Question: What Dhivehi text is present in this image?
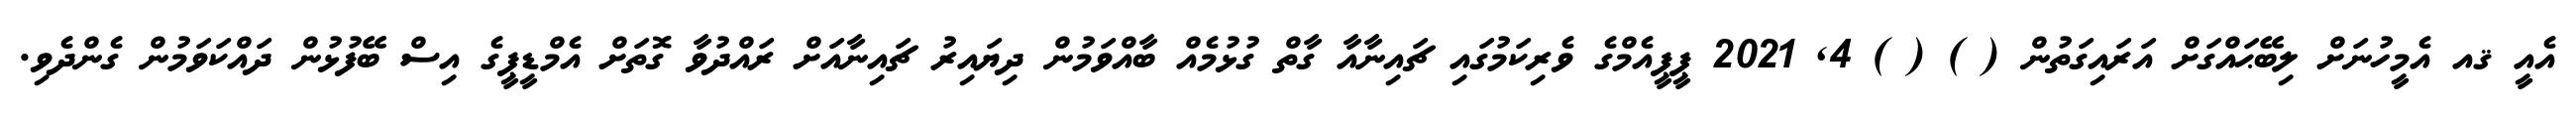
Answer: އެއީ ޤއ އެމީހުނަށް ލިބޭޙައްގަށް އަރައިގަތުން ( ) ( ) 4, 2021 ޕީޕީއެމްގެ ވެރިކަމުގައި ޗައިނާއާ ގާތް ގުޅުމެއް ބާއްވަމުން ދިޔައިރު ޗައިނާއަށް ރައްދުވާ ގޮތަށް އެމްޑީޕީގެ އިސް ބޭފުޅުން ދައްކަވަމުން ގެންދެވި.